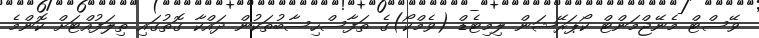
ވޭސްޓް މެނޭޖްމަންޓް ކޯޕަރޭޝަން ލިމިޓެޑް (ވެމްކޯ)ގެ ތަފާސްހިސާބުތަކުން ދައްކާ ގޮތުގައި ތިލަފުއްޓަށް ކޮންމެ